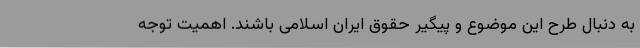
به دنبال طرح این موضوع و پیگیر حقوق ایران اسلامی باشند. اهمیت توجه